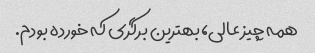
همه چیز عالی، بهترین برگری که خورده بودم.